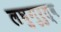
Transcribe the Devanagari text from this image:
लघुगुरुत्व